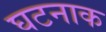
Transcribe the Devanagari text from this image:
घटनाक